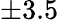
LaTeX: \pm 3.5